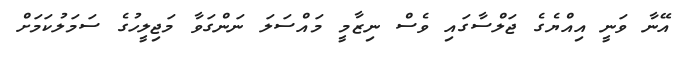
އޭނާ ވަނީ އިއްޔެގެ ޖަލްސާގައި ވެސް ނިޒާމީ މައްސަލަ ނަންގަވާ މަޖިލީހުގެ ސަމަލުކަމަށް